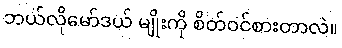
ဘယ်လိုမော်ဒယ် မျိုးကို စိတ်ဝင်စားတာလဲ။